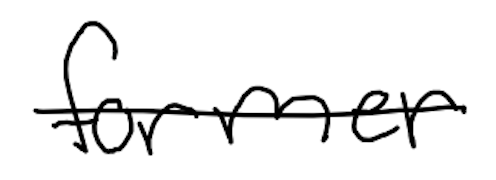
Text: former
Cross-out: single-line
Writing tool: digital_black